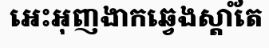
អេះអុញងាកឆ្វេងស្តាំតែ